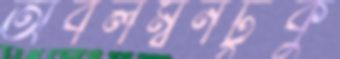
অবলম্বনটুকু